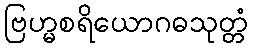
ဗြဟ္မစရိယောဂဓသုတ္တံ